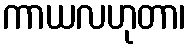
ကာယလဟုတာ၊